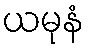
ယမုနံ